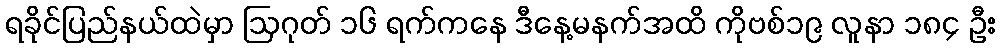
ရခိုင်ပြည်နယ်ထဲမှာ ဩဂုတ် ၁၆ ရက်ကနေ ဒီနေ့မနက်အထိ ကိုဗစ်၁၉ လူနာ ၁၈၄ ဦး